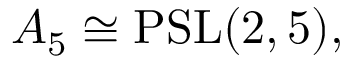
A _ { 5 } \cong \operatorname { P S L } ( 2 , 5 ) ,